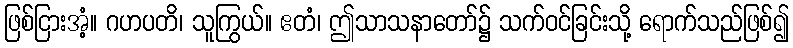
ဖြစ်ငြားအံ့။ ဂဟပတိ၊ သူကြွယ်။ ဧတံ၊ ဤသာသနာတော်၌ သက်ဝင်ခြင်းသို့ ရောက်သည်ဖြစ်၍